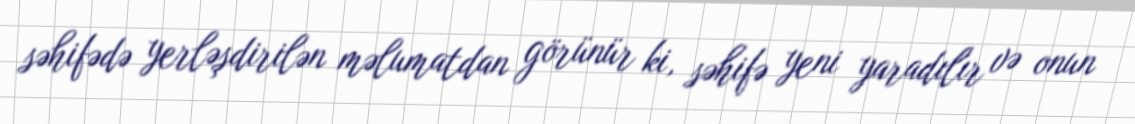
səhifədə yerləşdirilən məlumatdan görünür ki, səhifə yeni yaradılır və onun